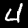
Digit: 4